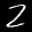
Label: 2